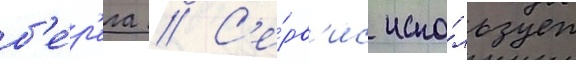
б'е́р'ега // С'е́рв'ис испо́льзует